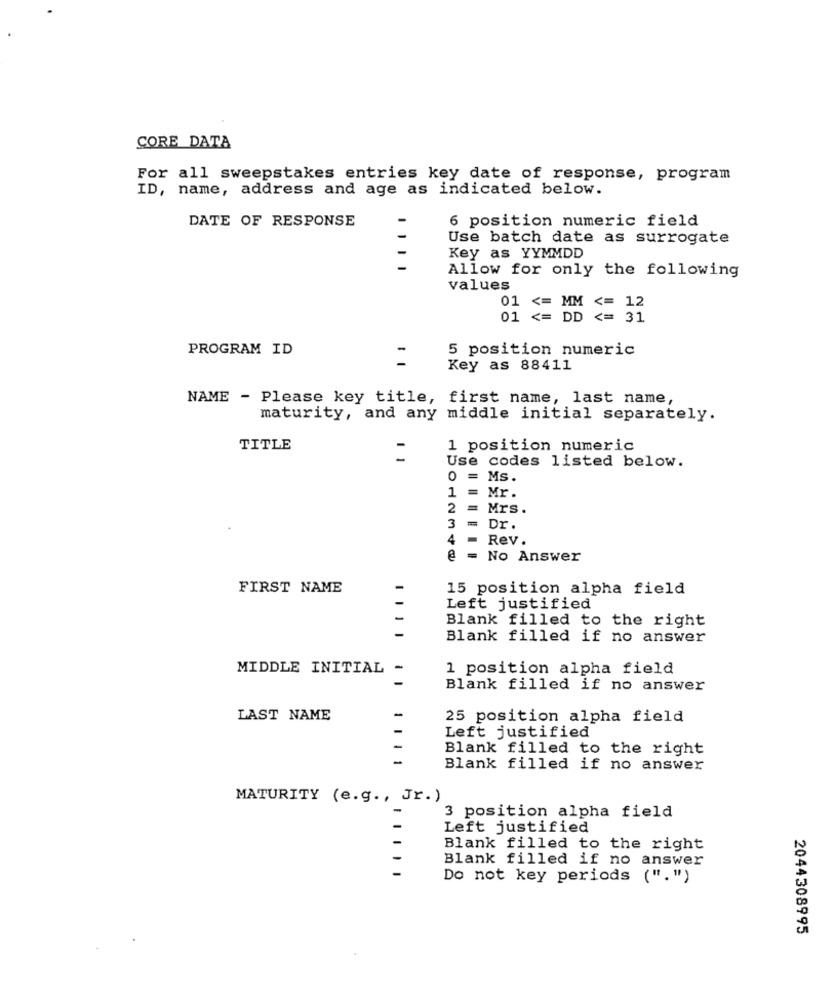
CORE DATA
For all sweepstakes entries key date of response, program
ID, name, address and age as indicated below.
DATE OF RESPONSE
-
6 position numeric field
Use batch date as surrogate
-
Key as YYMMDD
-
Allow for only the following
values
01 <= MM <= 12
01 <= DD <= 31
PROGRAM ID
5 position numeric
Key as 88411
NAME - Please key title, first name, last name,
maturity, and any middle initial separately.
TITLE
-
1 position numeric
-
Use codes listed below.
= Ms.
=
Mr.
1
2
Mrs.
3 = Dr.
4 -
Rev.
@ = No Answer
FIRST NAME
15 position alpha field
Left justified
Blank filled to the right
1111
Blank filled if no answer
MIDDLE INITIAL
1 position alpha field
Blank filled if no answer
LAST NAME
25 position alpha field
Left justified
Blank filled to the right
Blank filled if no answer
MATURITY (e.g ., Jr.)
3 position alpha field
Left justified
Blank filled to the right
Blank filled if no answer
Do not key periods (".")
2044308995